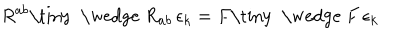
R ^ { a b } \mathrm { \tiny ~ \wedge ~ } R _ { a b } \, \epsilon _ { k } = F \mathrm { \tiny ~ \wedge ~ } F \, \epsilon _ { k }